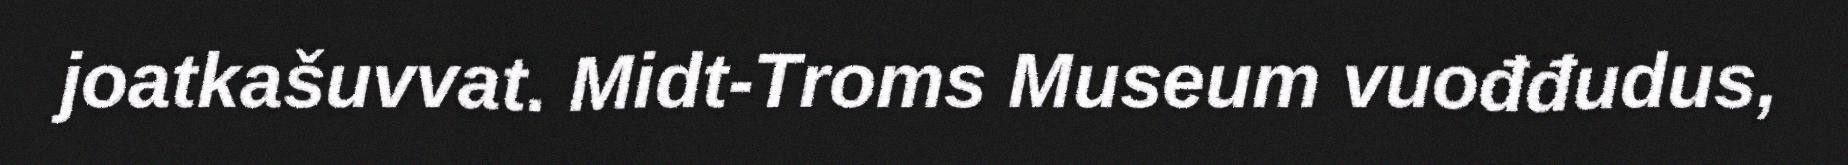
joatkašuvvat. Midt-Troms Museum vuođđudus,